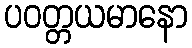
ပဝတ္တယမာနော